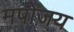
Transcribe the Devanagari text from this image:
मपोजय